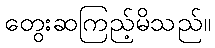
တွေးဆကြည့်မိသည်။